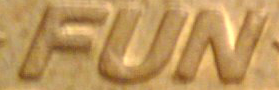
FUN